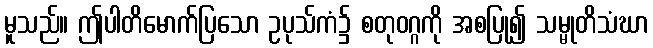
မူသည်။ ဤပါတိမောက်ပြသော ဥပုသ်ကံ၌ စတုဝဂ္ဂကို အစပြု၍ သမ္မုတိသံဃာ